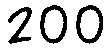
200